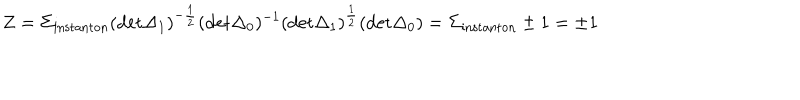
Z = \Sigma _ { \mathrm { i n s t a n t o n } } ( \mathrm { d e t } \Delta _ { 1 } ) ^ { - { \frac { 1 } { 2 } } } ( \mathrm { d e t } \Delta _ { 0 } ) ^ { - 1 } ( \mathrm { d e t } \Delta _ { 1 } ) ^ { \frac { 1 } { 2 } } ( \mathrm { d e t } \Delta _ { 0 } ) = \Sigma _ { \mathrm { i n s t a n t o n } } \pm 1 = \pm 1